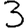
Digit: 3